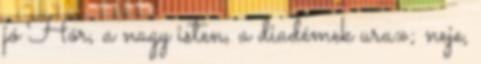
jó Hór, a nagy isten, a diadémek ura»; neje,